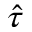
\hat { \tau }